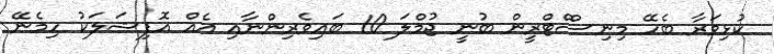
ކުޅިވަރާ ބެހޭ މިނިސްްޓްރީން ބުނީ ޖުމްލަ 10 ބައިވެރިންނާއި އެއް އޮފިޝަލަކު ހިމެނޭ